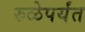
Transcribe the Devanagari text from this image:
रुळेपर्यंत